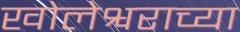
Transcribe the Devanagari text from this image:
खोलेश्वराच्या